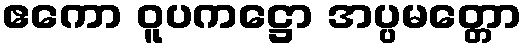
ဧကော ဝူပကဋ္ဌော အပ္ပမတ္တော